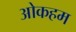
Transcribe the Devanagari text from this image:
ओकहम